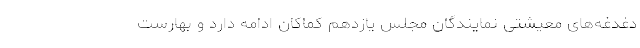
دغدغه‌های معیشتی نمایندگان مجلس یازدهم کماکان ادامه دارد و بهارست